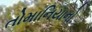
તોમાનિયાનો